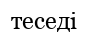
теседі